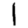
Digit: 1